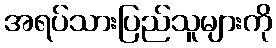
အရပ်သားပြည်သူများကို